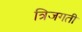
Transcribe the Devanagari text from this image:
त्रिजगती